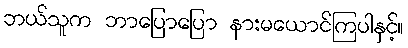
ဘယ်သူက ဘာပြောပြော နားမယောင်ကြပါနှင့်။